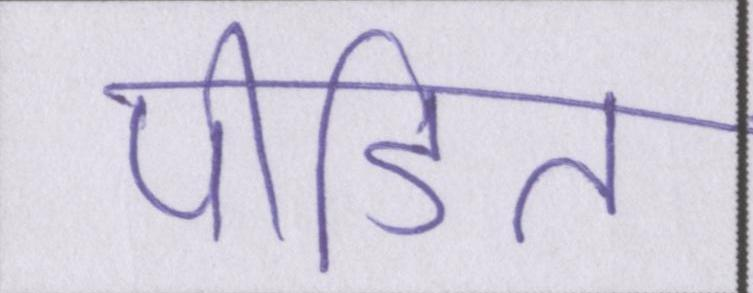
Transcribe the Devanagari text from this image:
पीडि़त